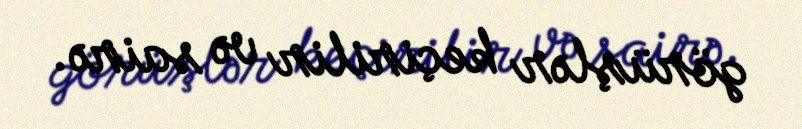
görüşlər keçirilir və sairə.